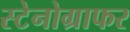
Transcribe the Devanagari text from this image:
स्टेनोग्राफर